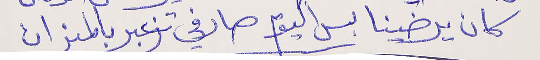
كان يرضينا بس اليوم صار في تزعبر بالمـىزان